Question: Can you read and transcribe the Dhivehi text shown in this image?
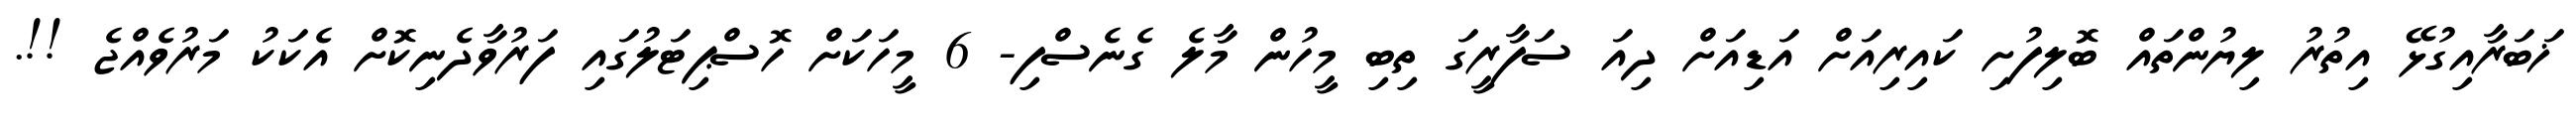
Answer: ޚަބަރާއިގުޅޭ އިތުރު ލިޔުންތައް ބޮލިފުށި ކައިރިއަށް އަޑިއަށް ދިއަ ސަފާރީގަ ތިބި މީހުން މާލެ ގެނެސްފި- 6 މީހަކަށް ހޮސްޕިޓަލުގައި ފަރުވާދެނިކޮށް އެކަކު މަރުވެއްޖެ !!.